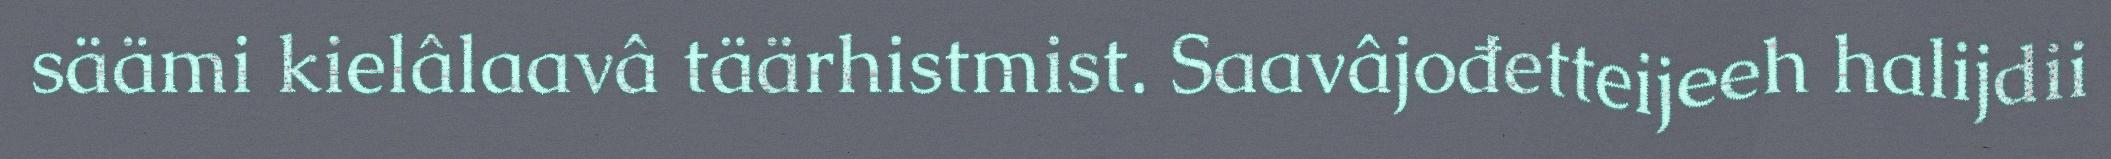
säämi kielâlaavâ täärhistmist. Saavâjođetteijeeh halijdii